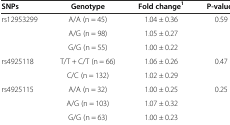
<table><thead><tr><td><b>SNPs</b></td><td><b>Genotype</b></td><td><b>Fold change<sup>1</sup></b></td><td><b>P-value<sup>2</sup></b></td></tr></thead><tbody><tr><td rowspan="3">rs12953299</td><td>A/A (n = 45)</td><td>1.04 ± 0.36</td><td>0.59</td></tr><tr><td>A/G (n = 98)</td><td>1.05 ± 0.27</td><td></td></tr><tr><td>G/G (n = 55)</td><td>1.00 ± 0.22</td><td></td></tr><tr><td rowspan="2">rs4925118</td><td>T/T + C/T (n = 66)</td><td>1.06 ± 0.26</td><td>0.47</td></tr><tr><td>C/C (n = 132)</td><td>1.02 ± 0.29</td><td></td></tr><tr><td rowspan="3">rs4925115</td><td>A/A (n = 32)</td><td>1.00 ± 0.25</td><td>0.25</td></tr><tr><td>A/G (n = 103)</td><td>1.07 ± 0.32</td><td></td></tr><tr><td>G/G (n = 63)</td><td>1.00 ± 0.23</td><td></td></tr></tbody></table>